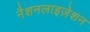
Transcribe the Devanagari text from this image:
नैशनलाइज़ेशन